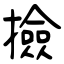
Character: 撿